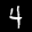
Label: 4